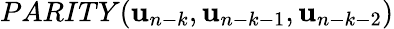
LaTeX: PARITY({\mathbf u}_{n-k},{\mathbf u}_{n-k-1},{\mathbf u}_{n-k-2})